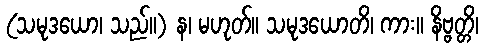
(သမုဒယော၊ သည်။) န၊ မဟုတ်။ သမုဒယောတိ၊ ကား။ နိဗ္ဗတ္တိ၊